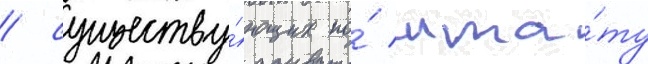
/ существу́ющих по́ шта́ту